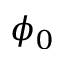
\phi _ { 0 }